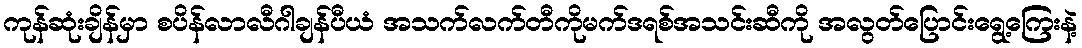
ကုန်ဆုံးချိန်မှာ စပိန်လာလီဂါချန်ပီယံ အသက်လက်တီကိုမက်ဒရစ်အသင်းဆီကို အလွတ်ပြောင်းရွေ့ကြေးနဲ့